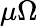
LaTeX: \mu\Omega